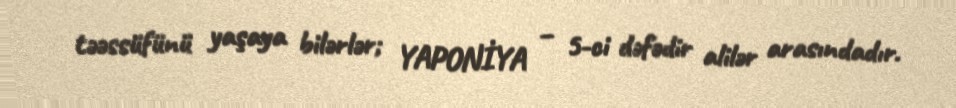
təəssüfünü yaşaya bilərlər; YAPONİYA – 5-ci dəfədir alilər arasındadır.